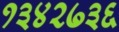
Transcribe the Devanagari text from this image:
१३४२७३६